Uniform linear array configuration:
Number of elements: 48
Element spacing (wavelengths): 0.5
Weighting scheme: hamming
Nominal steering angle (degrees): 15
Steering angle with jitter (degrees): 13.143
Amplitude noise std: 0.05
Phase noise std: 0.05

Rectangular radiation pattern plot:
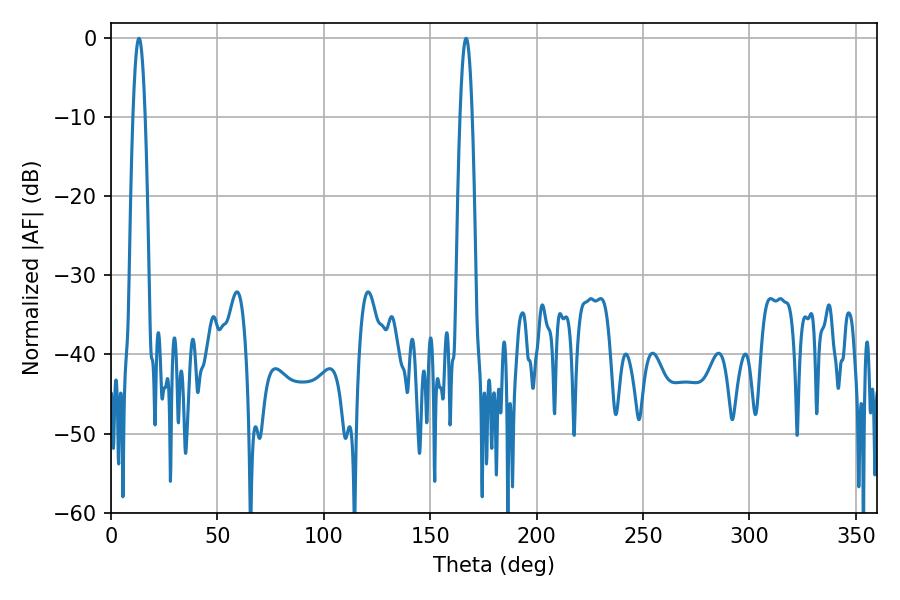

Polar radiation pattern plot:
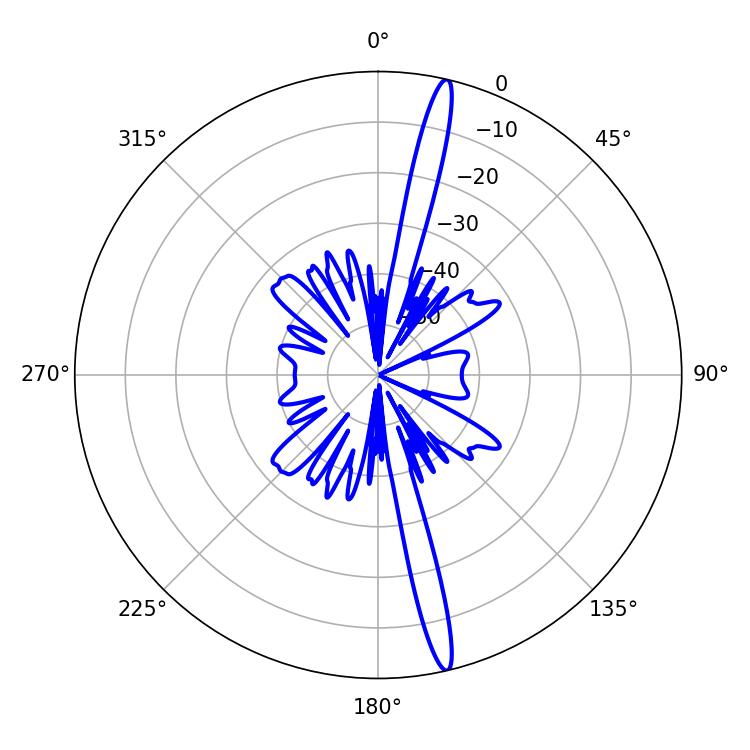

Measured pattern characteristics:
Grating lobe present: FALSE
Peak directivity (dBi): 18.662
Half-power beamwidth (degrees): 3.24
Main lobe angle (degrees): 13.14